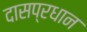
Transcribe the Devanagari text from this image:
दासप्रधान